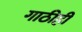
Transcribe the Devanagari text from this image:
गाठीही